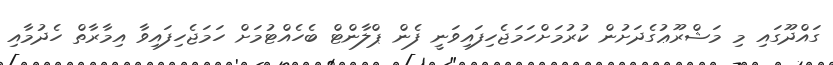
ގައްދޫގައި މި މަޝްރޫޢުގެދަށުން ކުރުމަށްހަމަޖެހިފައިވަނީ ފެން ޕްލާންޓް ބެހެއްޓުމަށް ހަމަޖެހިފައިވާ އިމާރާތް ހެދުމާއި